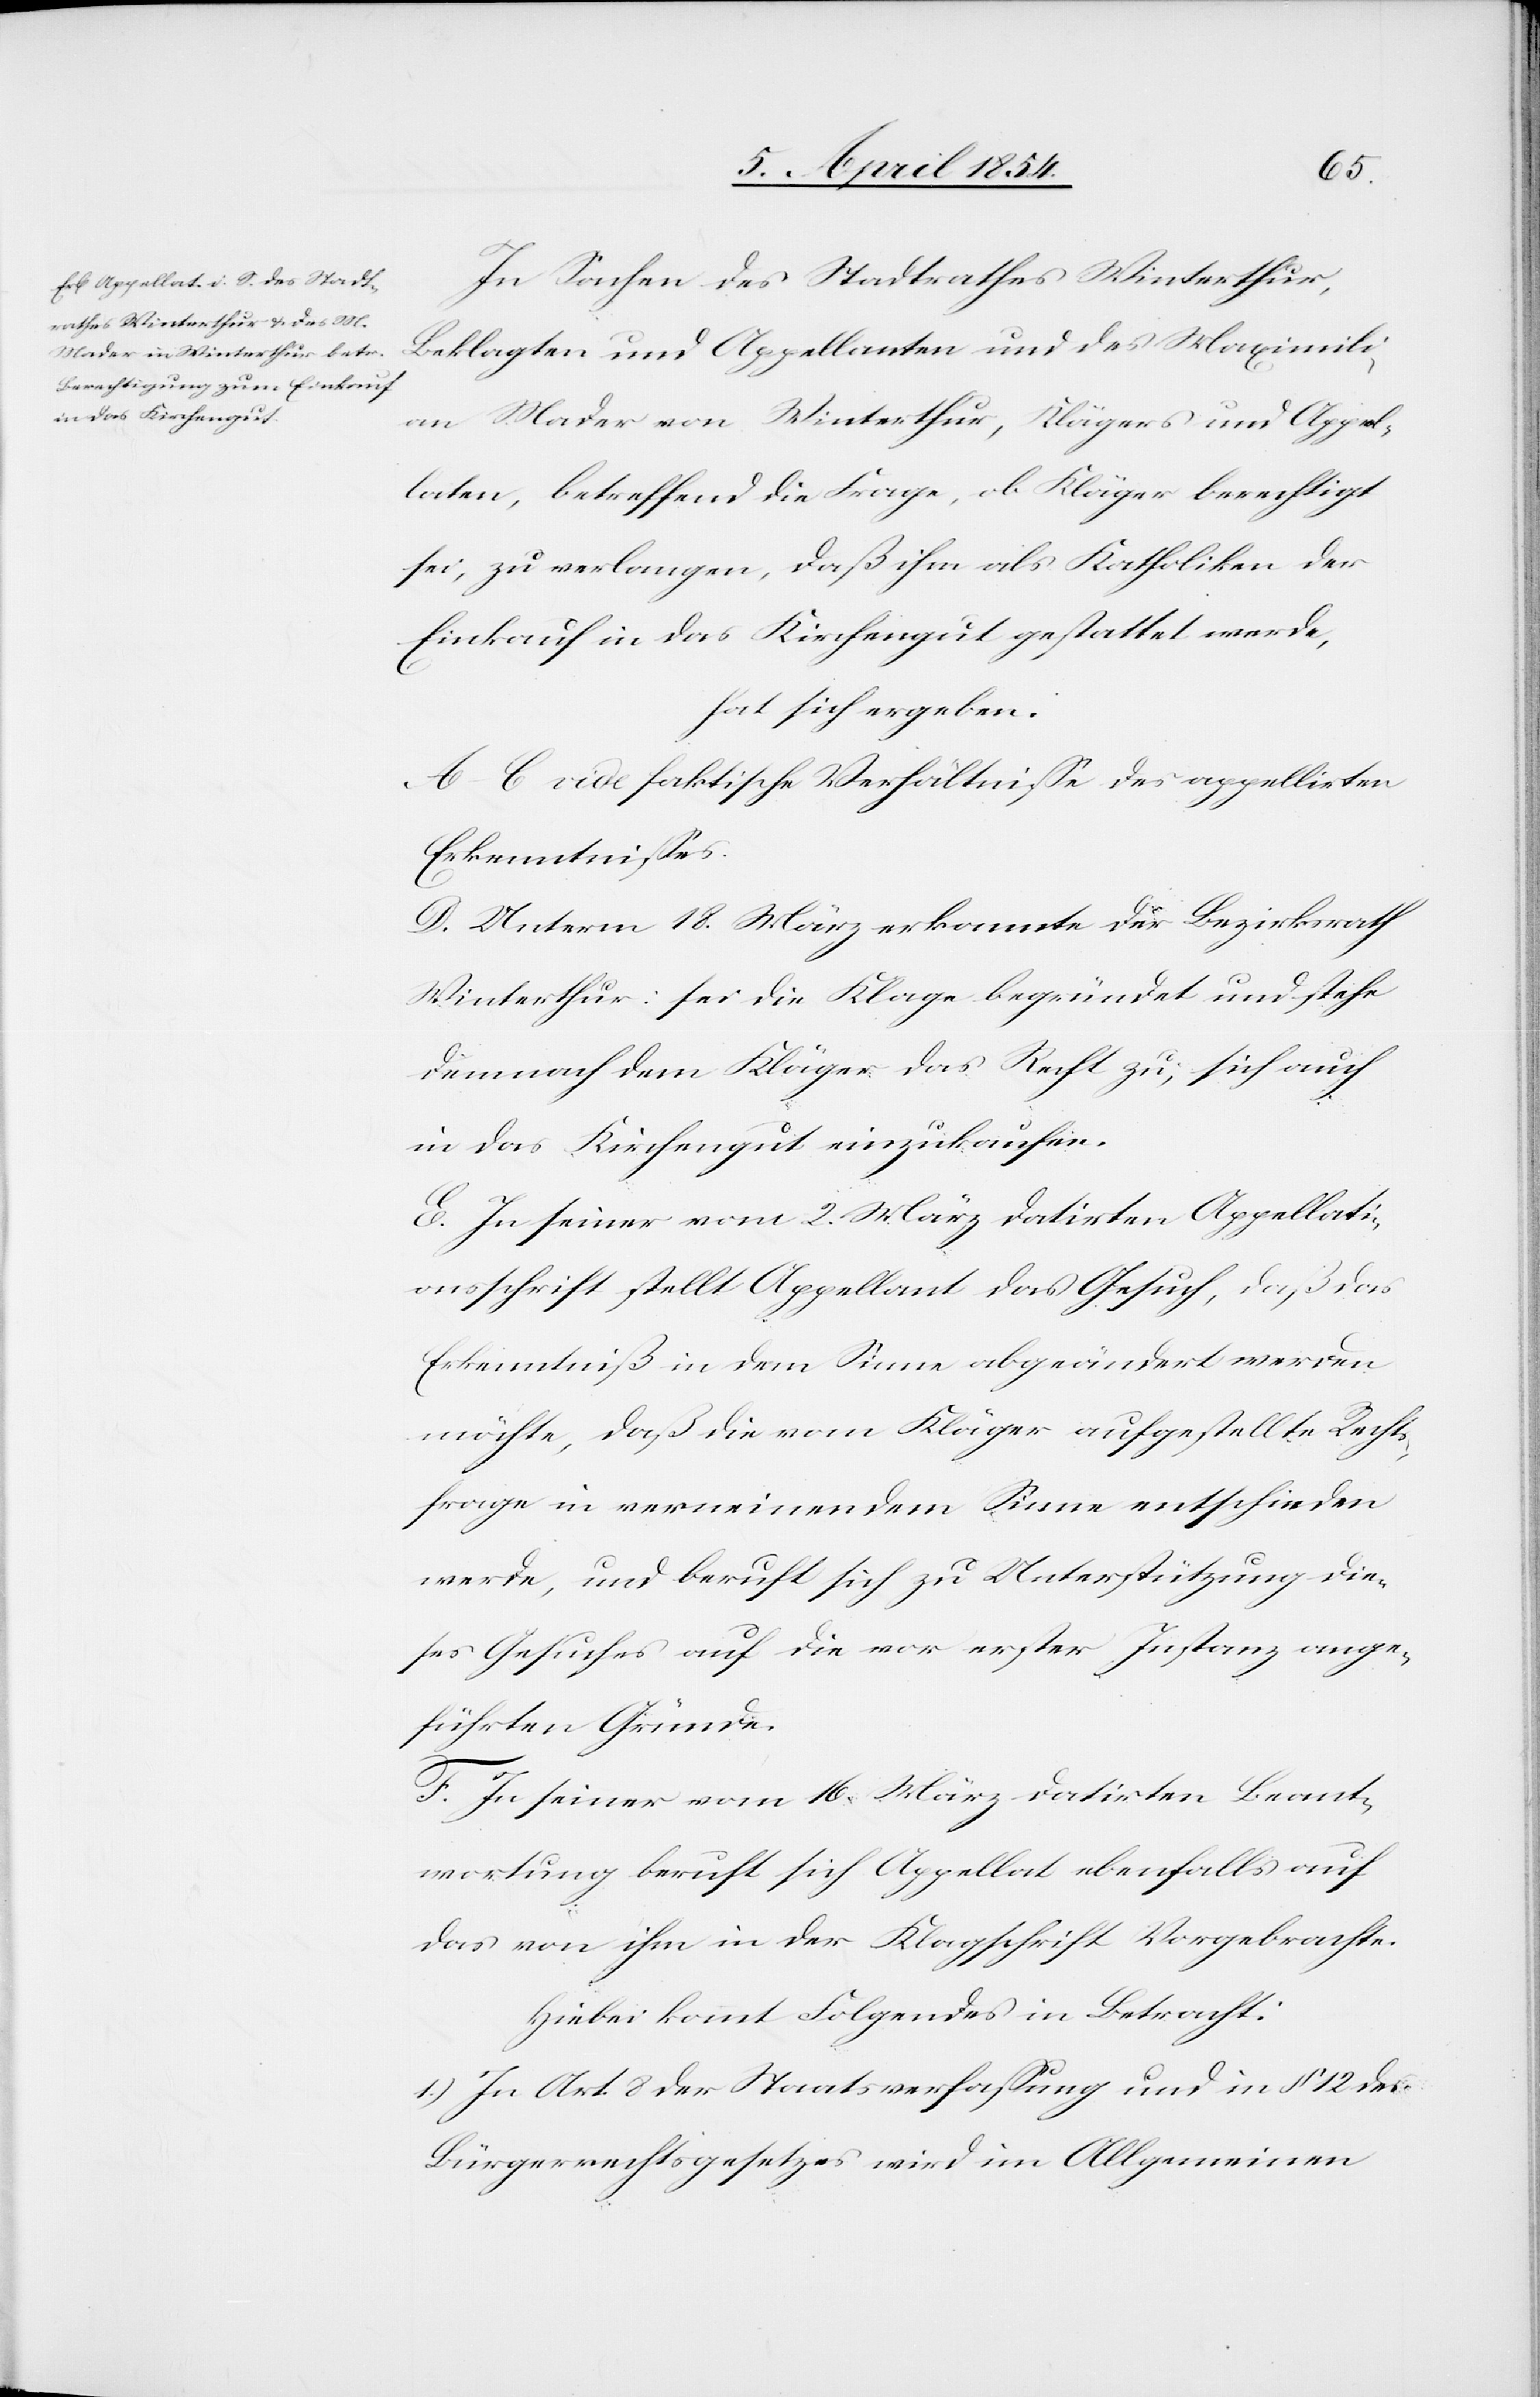
In Sachen des Stadtrathes Winterthur,
Beklagten und Appellanten und des Maximili¬
an Mader von Winterthur, Klägers und Appel¬
laten, betreffend die Frage, ob Kläger berechtigt
sei, zu verlangen, daß ihm als Katholiken der
Einkauf in das Kirchengut gestattet werde,
hat sich ergeben:
A–C. vide faktische Verhältniße des appellirten
Erkenntnißes.
D. Unterm 18. März erkannte der Bezirksrath
Winterthur: sei die Klage begründet und stehe
demnach dem Kläger das Recht zu, sich auch
in das Kirchengut einzukaufen.
E. In seiner vom 2. März datirten Appellati¬
onsschrift stellt Appellant das Gesuch, daß das
Erkenntniß in dem Sinne abgeändert werden
möchte, daß die vom Kläger aufgestellte Rechts¬
frage in verneinendem Sinne entscheiden
werde, und beruht sich zu Unterstützung die¬
ses Gesuches auf die vor erster Instanz ange¬
führten Gründe.
F. In seiner vom 16. März datirten Beant¬
wortung beruht sich Appellat ebenfalls auf
das von ihm in der Klageschrift Vorgebrachte.
Hiebei kommt Folgendes in Betracht:
1.) In Ar. 8 der Staatsverfaßung und in § 12 des
Bürgerrechtsgesetzes wird im Allgemeinen